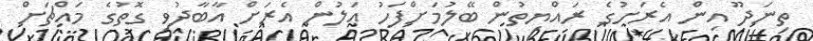
ތިނަދޫ އިން އެރަށުގެ ރައްޔިތުން ބޭލުމަށްފަހު އަލުން އެރަށް އާބާދުވި ގޮތުގެ މައްޗަށް